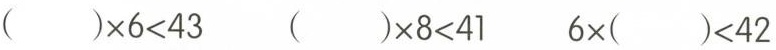
$$( ) \times 6 < 4 3$$ $$( ) \times 8 < 4 1$$ $$6 \times ( ) < 4 2$$